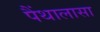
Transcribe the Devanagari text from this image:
पैंथालासा